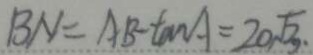
B N = A B - \tan A = 2 0 \sqrt { 3 } .